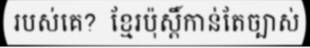
របស់គេ?  ខ្មែរប៉ុស្តិ៍កាន់តែច្បាស់